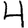
Digit: 4